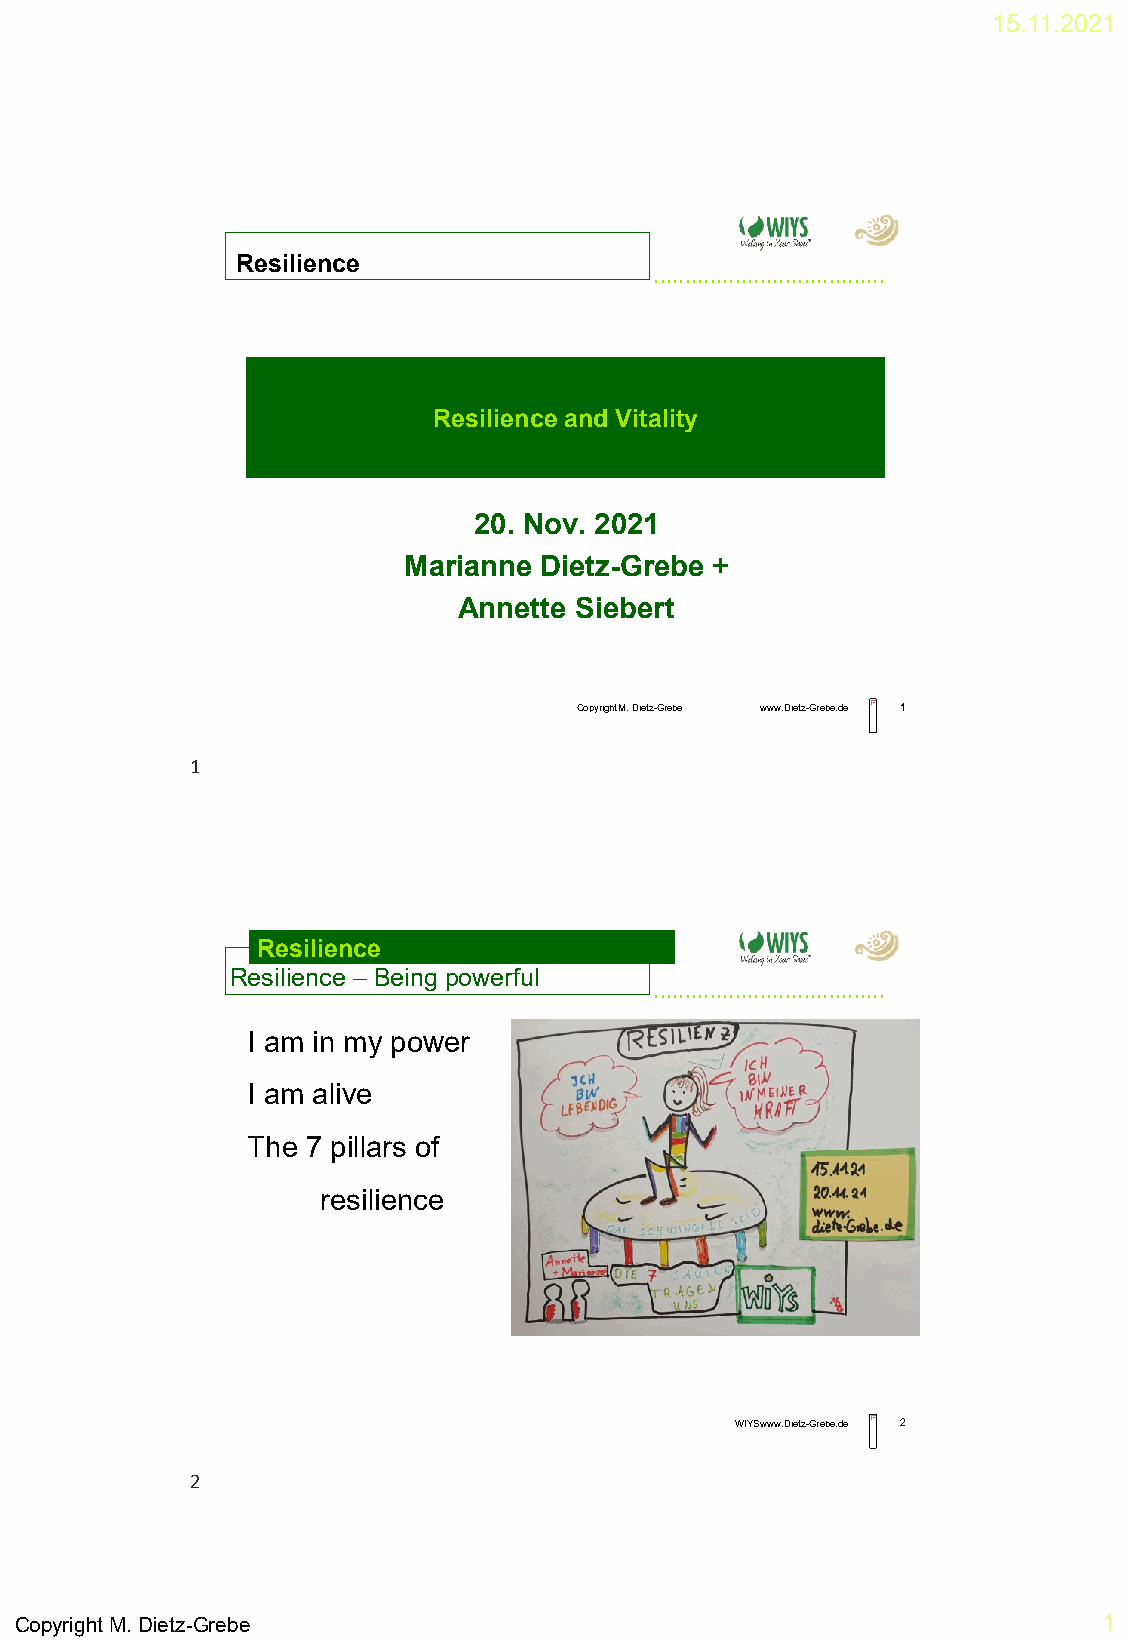
15.11.2021
 Resilience
 .....................................
 Resilience and Vitality
 20. Nov. 2021
 Marianne Dietz-Grebe +
 Annette Siebert
 Copyright M. Dietz-Grebe www.Dietz-Grebe.de 1
 1
 Resilience
 Resilience – Being powerful
 .....................................
 I am in my power
 I am alive
 The 7 pillars of
 resilience
 WIYS www.Dietz-Grebe.de 2
 2
 Copyright M. Dietz-Grebe                                                1